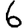
Digit: 6